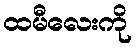
ထမီလေးကို